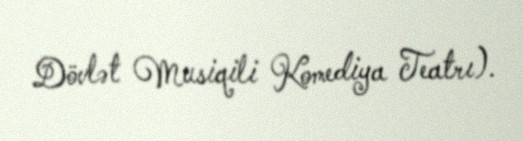
Dövlət Musiqili Komediya Teatrı).